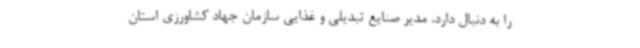
را به دنبال دارد. مدیر صنایع تبدیلی و غذایی سازمان جهاد کشاورزی استان